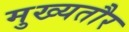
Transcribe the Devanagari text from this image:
मुख्‍यतौर